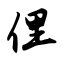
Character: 俚